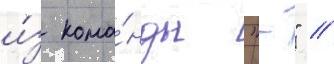
и́з кома́нды "-" //